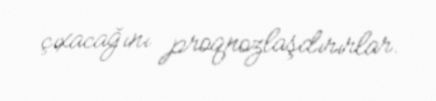
çıxacağını proqnozlaşdırırlar.